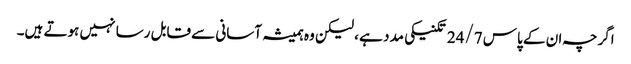
اگرچہ ان کے پاس 24/7 تکنیکی مدد ہے ، لیکن وہ ہمیشہ آسانی سے قابل رسا نہیں ہوتے ہیں۔